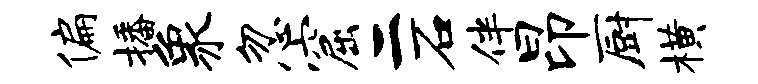
偏播象忽窟二石伴昂厨横